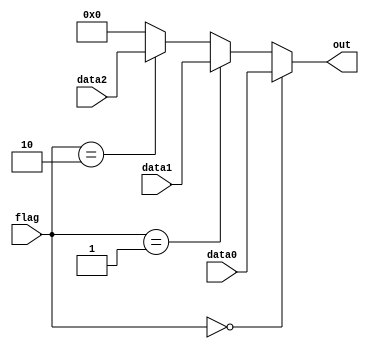
`timescale 1ns / 1ps
//////////////////////////////////////////////////////////////////////////////////
// Company:
// Engineer:
//
// Design Name:
// Module Name: MUX3
// Project Name:
// Target Devices:
// Tool Versions:
// Description:
//
// Dependencies:
//
// Revision:
// Revision 0.01 - File Created
// Additional Comments:
//
//////////////////////////////////////////////////////////////////////////////////


module MUX3(
  flag,data0,data1,data2,out
    );
    input [1:0] flag;
    input [31:0] data0,data1,data2;
    output [31:0] out;

  assign out=(flag==2'b00)?data0:
              (flag==2'b01)?data1:
              (flag==2'b10)?data2:0;
endmodule